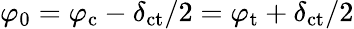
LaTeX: \varphi_{\mathrm{0}}=\varphi_{\mathrm{c}}-\delta_{\mathrm{ct}}/2=\varphi_{\mathrm{t}}+\delta_{\mathrm{ct}}/2